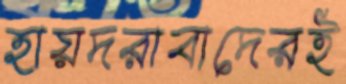
হায়দরাবাদেরই